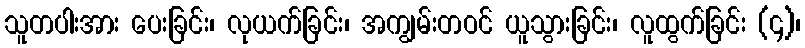
သူတပါးအား ပေးခြင်း၊ လုယက်ခြင်း၊ အကျွမ်းတဝင် ယူသွားခြင်း၊ လူထွက်ခြင်း (၄)၊